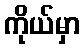
ကိုယ်မှာ